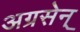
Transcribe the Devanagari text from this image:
अग्रसेन्